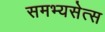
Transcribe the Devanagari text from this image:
समभ्यसेत्स